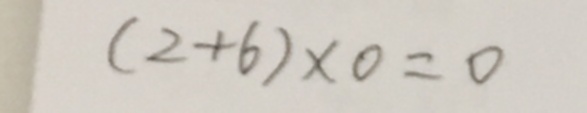
( 2 + 6 ) \times 0 = 0